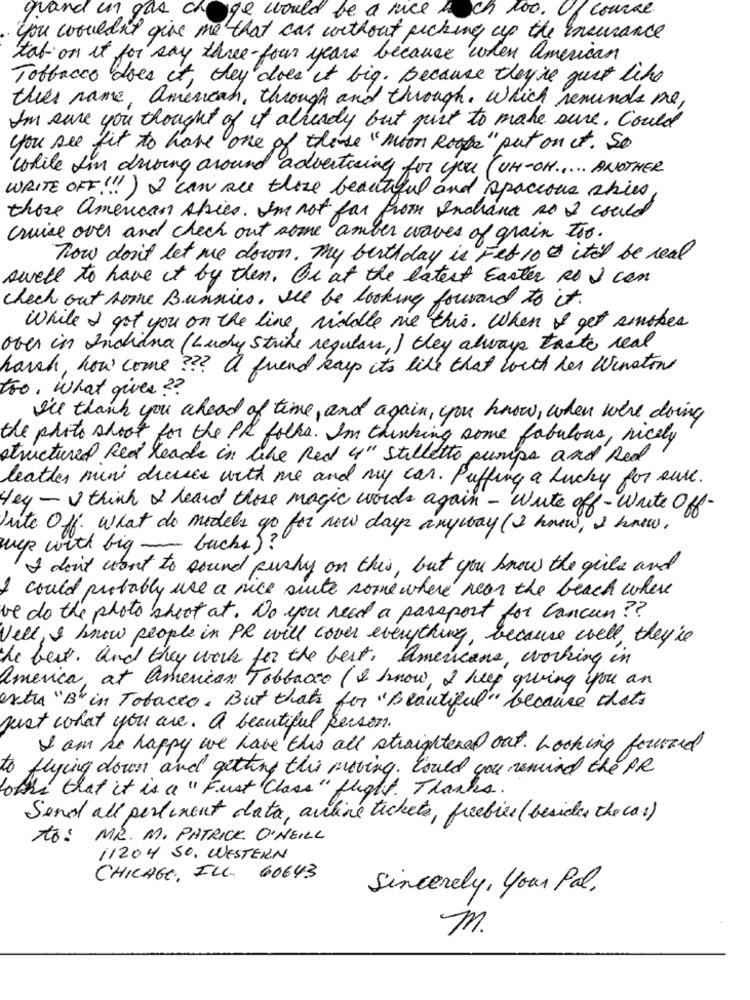
grand un gas ch ge would be a nice
ch too. Of course.
you wouldn't give me that can without picking up the insurance
tab on it for say three- four years because when American
Tobbacco does it, they does it big. Because they're just like
this name, american, through and through. Which reminds me,
I'm sure you thought of it already but punt to make sure. Could
you see fit to have one of these "moon Rogge" put on it. So
While I'm driving around advertising for you (UH-OH ..... ANOTHER
WRITE OFF !!! ) I can are there beautiful and spacious skies
those american Abies. I'm not far from Indiana so I could
cruise over and check out some amber waves of grain too.
Tow don't let me down. My birthday is Feb 10 it'd be read
swell to have it by then. Or at the latest Easter so I can
check out some Bunnies. He be looking forward to it.
While I got you on the line, middle me this. When I get smoker
over in Indiana (Lucky Strike regulars, ) they always trate real
harsh , how come ?? A friend kas its like that with her Winston
tro. What gives ??
I'll thank you ahead of time, and again, you know, when we're doing
the photo shoot for the PR folha. I'm thinking some fabulous, nicely
structured Red leads in the Red 4" stilletto pumps and Red
leather mini dresses with me and my car. Puffing a Lucky for sure.
Hey -I think I heard those magic words again - Write off-write Off-
Lite Off. What do models go for now days anyway (I know, I know,
wep with big bucks ) ?"
I don't want to sound pushy on this, but you know the girls and
I could probably use a nice suite some where near the beach where
we do the photo shoot at. Do you need a passport for Cancun ??
Well, I know people in PR will cover everything, because well, they're
the best. and they work for the best, Americans, working in
america, at American Tobbacio (I know, I keep giving you an
extra "B" in Tobacco. But that's for "Beautiful" because that's
just what you are. A beautiful person.
I am be happy we have this all straightened out. Looking forward
to flying down and getting the ruling. Could you remind the PR
loths that it is a "Fust Class " flight. Thanks.
Send all pertinent data, awline tickets, freebies (besides the car)
to: MR. M. PATRICK O'NEILL
11204 50, WESTERN
CHICAGO, ILL. 60643
Sincerely, your Pal.
m.